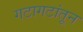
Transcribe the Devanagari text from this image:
गटागटांतून